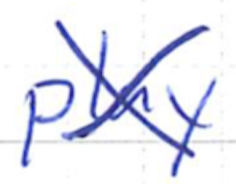
Text: play
Cross-out: cross
Writing tool: ballpoint